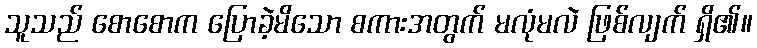
သူသည် စောစောက ပြောခဲ့မိသော စကားအတွက် မလုံမလဲ ဖြစ်လျက် ရှိ၏။